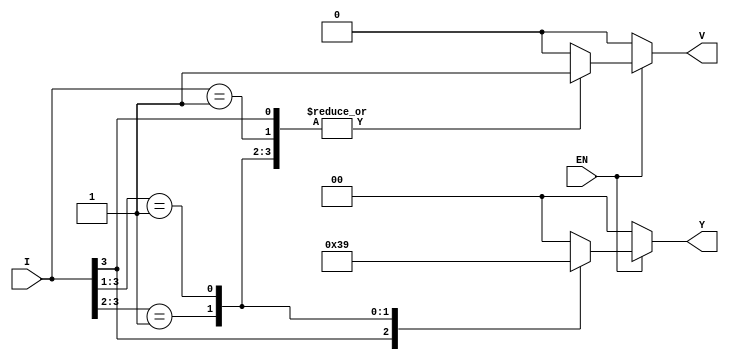
module priority_encoder (
    input wire [3:0] I,      // 4 input lines
    input wire EN,           // Enable signal
    output reg [1:0] Y,      // 2-bit output for the index
    output reg V             // Valid output signal
);

always @(*) begin
    if (EN) begin
        casez (I)           // Use casez to handle don't care conditions
            4'b1???: begin  // I3 is active
                Y = 2'b11;  // Output for I3
                V = 1'b1;   // Valid output
            end
            4'b01??: begin  // I2 is active
                Y = 2'b10;  // Output for I2
                V = 1'b1;   // Valid output
            end
            4'b001?: begin   // I1 is active
                Y = 2'b01;   // Output for I1
                V = 1'b1;    // Valid output
            end
            4'b0001: begin   // I0 is active
                Y = 2'b00;   // Output for I0
                V = 1'b1;    // Valid output
            end
            default: begin    // No inputs active
                Y = 2'b00;    // Default output (invalid state)
                V = 1'b0;     // Invalid output
            end
        endcase
    end else begin
        Y = 2'b00;            // Default output when EN is low
        V = 1'b0;             // Invalid output
    end
end

endmodule